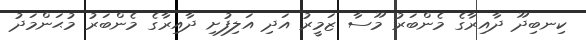
ކިނބިދޫ ދާއިރާގެ މެންބަރު މޫސާ ޒަމީރު އަދި އަލިފުށި ދާއިރާގެ މެންބަރު މުޙަންމަދު